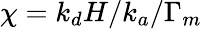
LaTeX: \chi=k_{d}H/k_{a}/\Gamma_{m}